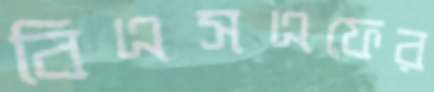
বিএসএফের